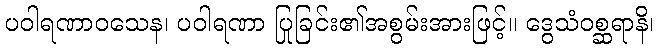
ပဝါရဏာဝသေန၊ ပဝါရဏာ ပြုခြင်း၏အစွမ်းအားဖြင့်။ ဒွေသံဝစ္ဆရာနိ၊